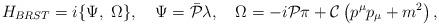
LaTeX: \begin{align*}{ H}_{BRST}=i \{ { \Psi }, \ { \Omega } \},\quad{\Psi}= { {\bar {\cal P}}}{ \lambda}, \quad{\Omega}=-i{{\cal P}}{ \pi} + {{\cal C}}\left (p^\mu p_\mu + m^2\right),\end{align*}